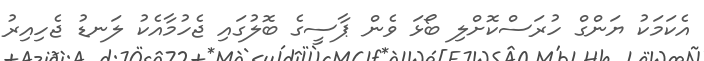
އެކަމަކު ޔަންގް ހުރަސްކޮށްލި ބޯޅަ ވެން ޕާސީގެ ބޮލުގައި ޖެހުމާއެކު ލަނޑު ޖެހިއިރު